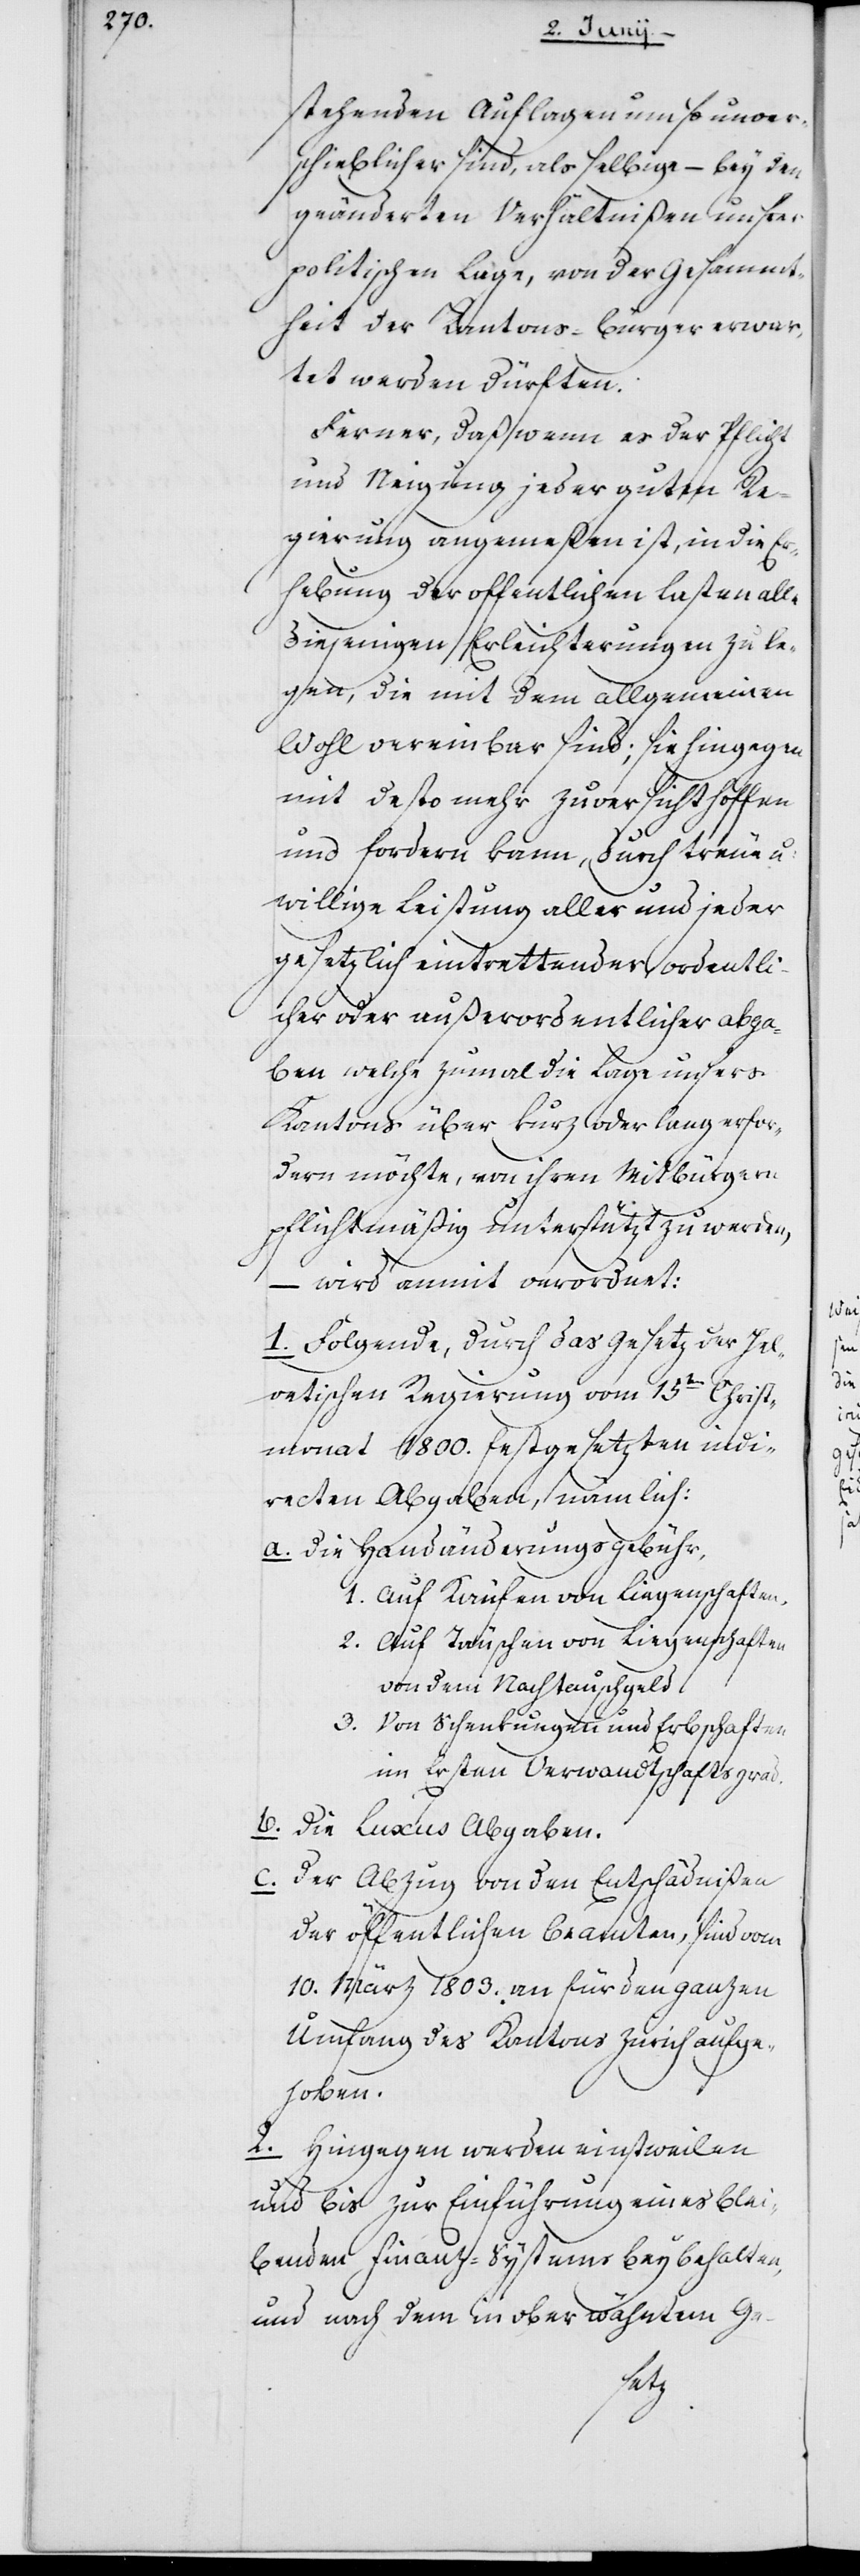
stehenden Auflagen um so unver¬
schieblicher sind, als selbige – bey den
geänderten Verhältnißen unsrer
politischen Lage, von der Gesammt¬
heit der Kantons-Bürger erwar¬
tet werden dürften.
Ferner, daß wenn es der Pflicht
und Neigung jeder guten Re¬
gierung angemeßen ist, in die Er¬
hebung der offentlichen Lasten alle
diejenigen Erleichterungen zu le¬
gen, die mit dem allgemeinen
Wohl vereinbar sind; sie hingegen
mit desto mehr Zuversicht hoffen
und fordern kann, durch Treue u.
willige Leistung aller und jeder
gesetzlich eintrettender, ordentli¬
cher oder außerordentlicher Abga¬
ben welche zumal die Lage unsers
Kantons über kurz oder lang erfor¬
dern möchte, von ihren Mitbürgern
pflichtmäßig unterstützt zu werden,
– wird anmit verordnet:
1.	Folgende, durch das Gesetz der Hel¬
vetischen Regierung vom 15ten Christ¬
monat 1800. festgesetzten indi¬
recten Abgaben, nämlich:
a.	Die Handänderungsgebühr
1.	Auf Käufen von Liegenschaften,
2.	Auf Täuschen von Liegenschaften
von dem Nachtauschgeld,
3.	Von Schenkungen und Erbschaften
im Ersten Verwandtschaftsgrad.
b.	Die Luxus Abgaben.
c.	Der Abzug von den Entschädnißen
der öffentlichen Beamten, sind vom
10. März 1803. an für den ganzen
Umfang des Kantons Zürich aufge¬
hoben.
2.	Hingegen werden einstweilen
und bis zur Einführung eines blei¬
benden Finanz-Systems beybehalten,
und nach dem in oberwähntem Ge-